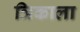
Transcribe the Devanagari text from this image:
त्रिकाला